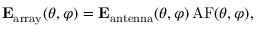
\mathbf { E } _ { \mathrm { a r r a y } } ( \theta , \varphi ) = \mathbf { E } _ { \mathrm { a n t e n n a } } ( \theta , \varphi ) \, \mathrm { A F } ( \theta , \varphi ) ,